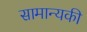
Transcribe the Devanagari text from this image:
सामान्यकी